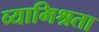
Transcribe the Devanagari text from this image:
व्यामिश्रता